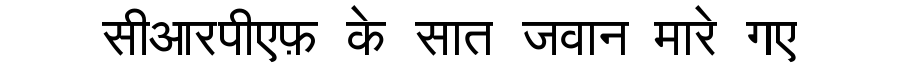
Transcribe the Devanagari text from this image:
सीआरपीएफ़ के सात जवान मारे गए